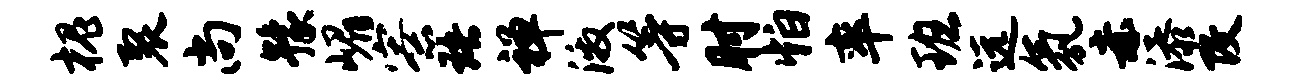
槐裂尚豫嵋寮珞禅激等肘怕率班远氛赤添改